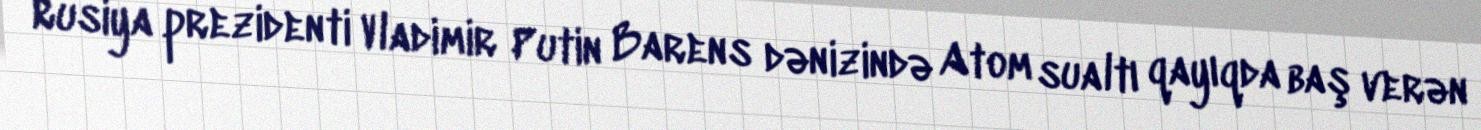
Rusiya prezidenti Vladimir Putin Barens dənizində Atom sualtı qayıqda baş verən